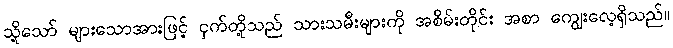
သို့သော် များသောအားဖြင့် ငှက်တို့သည် သားသမီးများကို အစိမ်းတိုင်း အစာ ကျွေးလေ့ရှိသည်။